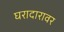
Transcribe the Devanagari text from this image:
घरादारावर